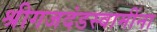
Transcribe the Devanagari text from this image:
श्रीगजदंडस्वामींना